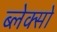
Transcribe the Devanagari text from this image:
ब्लेक्सो